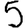
Digit: 5